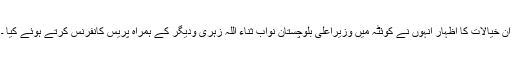
ان خیالات کا اظہار انہوں نے کوئٹہ میں وزیراعلیٰ بلوچستان نواب ثناء اللہ زہری ودیگر کے ہمراہ پریس کانفرنس کرتے ہوئے کیا ۔